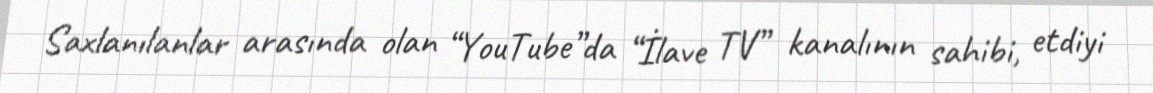
Saxlanılanlar arasında olan “YouTube”da “İlave TV” kanalının sahibi, etdiyi